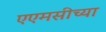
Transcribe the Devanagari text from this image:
एएमसीच्या